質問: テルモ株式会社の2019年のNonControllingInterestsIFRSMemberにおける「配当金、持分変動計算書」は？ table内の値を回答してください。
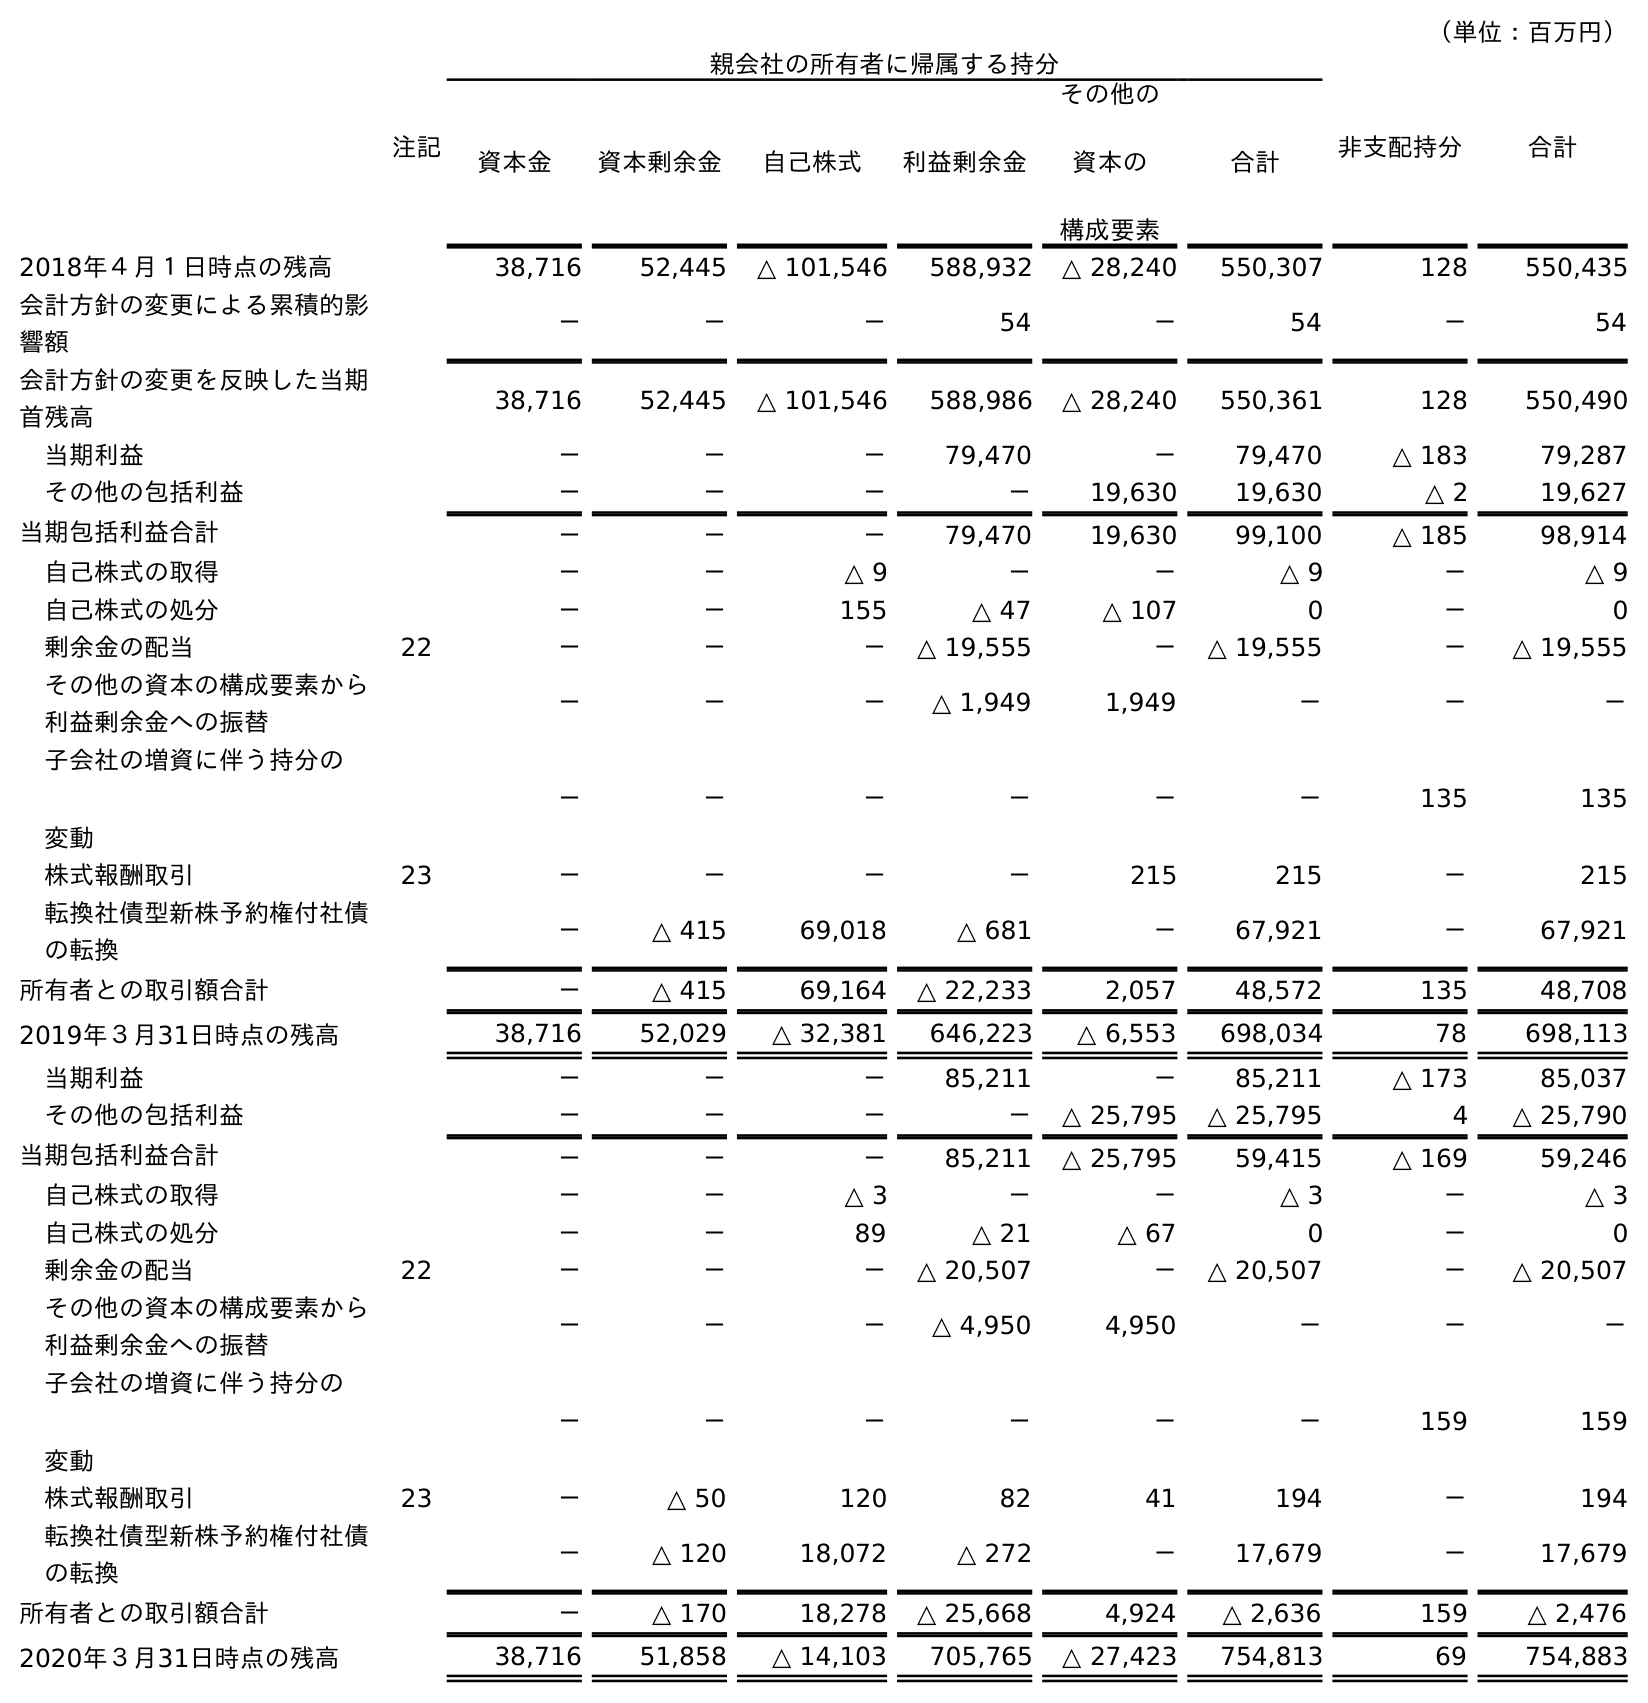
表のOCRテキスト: （単位：百万円） 注記 親会社の所有者に帰属する持分 非支配持分 合計 資本金 資本剰余金 自己株式 利益剰余金 その他の 資本の 構成要素 合計 2018年４月１日時点の残高 38,716 52,445 △ 101,546 588,932 △ 28,240 550,307 128 550,435 会計方針の変更による累積的影 響額 － － － 54 － 54 － 54 会計方針の変更を反映した当期 首残高 38,716 52,445 △ 101,546 588,986 △ 28,240 550,361 128 550,490 当期利益 － － － 79,470 － 79,470 △ 183 79,287 その他の包括利益 － － － － 19,630 19,630 △ 2 19,627 当期包括利益合計 － － － 79,470 19,630 99,100 △ 185 98,914 自己株式の取得 － － △ 9 － － △ 9 － △ 9 自己株式の処分 － － 155 △ 47 △ 107 0 － 0 剰余金の配当 22 － － － △ 19,555 － △ 19,555 － △ 19,555 その他の資本の構成要素から 利益剰余金への振替 － － － △ 1,949 1,949 － － － 子会社の増資に伴う持分の 変動 － － － － － － 135 135 株式報酬取引 23 － － － － 215 215 － 215 転換社債型新株予約権付社債 の転換 － △ 415 69,018 △ 681 － 67,921 － 67,921 所有者との取引額合計 － △ 415 69,164 △ 22,233 2,057 48,572 135 48,708 2019年３月31日時点の残高 38,716 52,029 △ 32,381 646,223 △ 6,553 698,034 78 698,113 当期利益 － － － 85,211 － 85,211 △ 173 85,037 その他の包括利益 － － － － △ 25,795 △ 25,795 4 △ 25,790 当期包括利益合計 － － － 85,211 △ 25,795 59,415 △ 169 59,246 自己株式の取得 － － △ 3 － － △ 3 － △ 3 自己株式の処分 － － 89 △ 21 △ 67 0 － 0 剰余金の配当 22 － － － △ 20,507 － △ 20,507 － △ 20,507 その他の資本の構成要素から 利益剰余金への振替 － － － △ 4,950 4,950 － － － 子会社の増資に伴う持分の 変動 － － － － － － 159 159 株式報酬取引 23 － △ 50 120 82 41 194 － 194 転換社債型新株予約権付社債 の転換 － △ 120 18,072 △ 272 － 17,679 － 17,679 所有者との取引額合計 － △ 170 18,278 △ 25,668 4,924 △ 2,636 159 △ 2,476 2020年３月31日時点の残高 38,716 51,858 △ 14,103 705,765 △ 27,423 754,813 69 754,883
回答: －